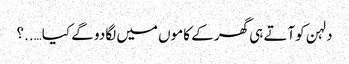
دلہن کوآتے ہی گھر کے کاموں میں لگا دو گے کیا…..؟